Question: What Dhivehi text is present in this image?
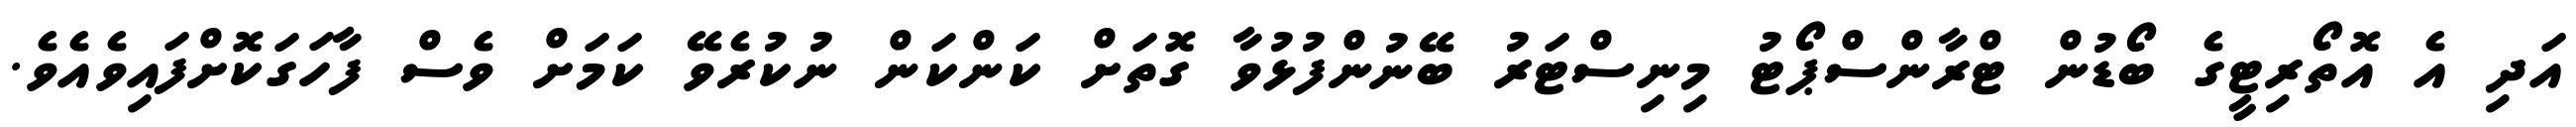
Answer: އަދި އެ އޮތޯރިޓީގެ ބޯޑުން ޓްރާންސްޕޯޓު މިނިސްޓަރު ބޭނުންފުޅުވާ ގޮތަށް ކަންކަން ނުކުރެވޭ ކަމަށް ވެސް ފާހަގަކޮށްފައިވެއެވެ.